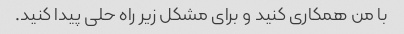
با من همکاری کنید و برای مشکل زیر راه حلی پیدا کنید.